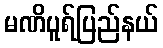
မဏိပူရ်ပြည်နယ်